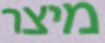
מיצר